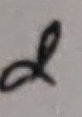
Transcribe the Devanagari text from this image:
ल